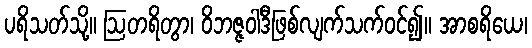
ပရိသတ်သို့။ ဩတရိတွာ၊ ဝိဘဇ္ဇဝါဒီဖြစ်လျက်သက်ဝင်၍။ အာစရိယေ၊